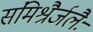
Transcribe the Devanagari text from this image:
संमिश्रैर्जलैः